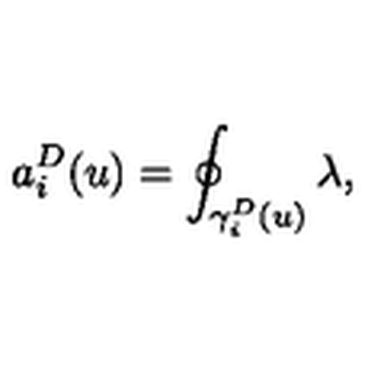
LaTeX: a _ { i } ^ { D } ( u ) = \oint _ { \gamma _ { i } ^ { D } ( u ) } \lambda ,